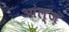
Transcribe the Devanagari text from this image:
आल्ज़